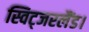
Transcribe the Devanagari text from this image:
स्विट्जरलैंड।